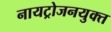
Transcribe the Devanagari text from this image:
नायट्रोजनयुक्त